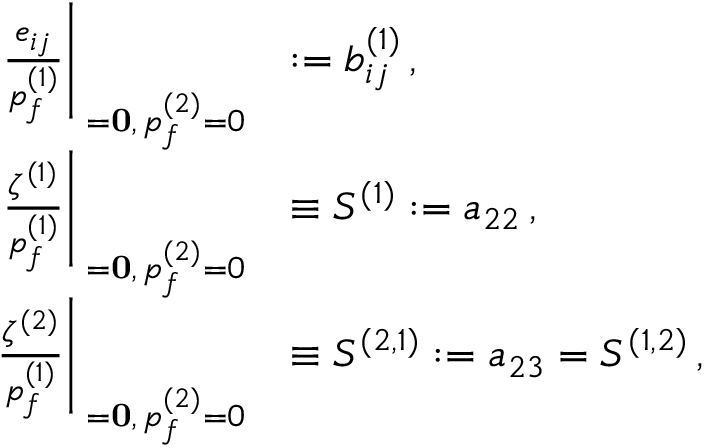
\begin{array} { r l } { \left. \frac { e _ { i j } } { p _ { f } ^ { ( 1 ) } } \right| _ { { \bf { \sigma } = \bf { 0 } } , \, p _ { f } ^ { ( 2 ) } = 0 } } & { : = b _ { i j } ^ { ( 1 ) } \, , } \\ { \left. \frac { \zeta ^ { ( 1 ) } } { p _ { f } ^ { ( 1 ) } } \right| _ { { \bf { \sigma } = \bf { 0 } } , \, p _ { f } ^ { ( 2 ) } = 0 } } & { \equiv S ^ { ( 1 ) } : = a _ { 2 2 } \, , } \\ { \left. \frac { \zeta ^ { ( 2 ) } } { p _ { f } ^ { ( 1 ) } } \right| _ { { \bf { \sigma } = \bf { 0 } } , \, p _ { f } ^ { ( 2 ) } = 0 } } & { \equiv S ^ { ( 2 , 1 ) } : = a _ { 2 3 } = S ^ { ( 1 , 2 ) } \, , } \end{array}